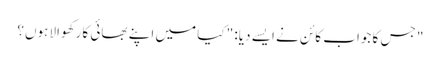
" جس کا جواب کائن نے ایسے دیا: " کیا میں اپنے بھائی کا رکھوالا ہوں؟